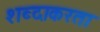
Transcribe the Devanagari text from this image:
शब्दाकरता